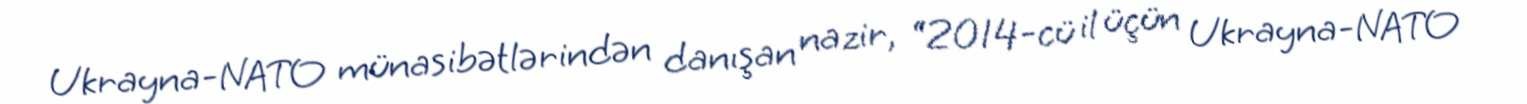
Ukrayna-NATO münasibətlərindən danışan nazir, “2014-cü il üçün Ukrayna-NATO